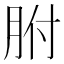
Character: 胕